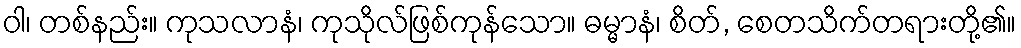
ဝါ၊ တစ်နည်း။ ကုသလာနံ၊ ကုသိုလ်ဖြစ်ကုန်သော။ ဓမ္မာနံ၊ စိတ်, စေတသိက်တရားတို့၏။